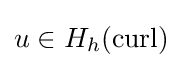
u\in H_{h}(\operatorname {curl} )